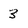
Character: 3